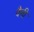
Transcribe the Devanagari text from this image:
वैमी